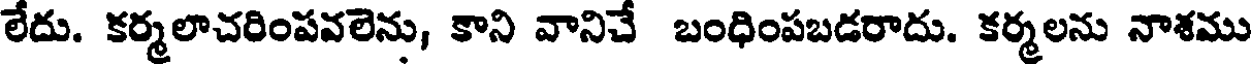
లేదు. కర్మలాచరింపవలెను, కాని వానిచే బంధింపబడరాదు. కర్మలను నాశము